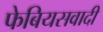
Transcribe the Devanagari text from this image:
फेबियसवादी